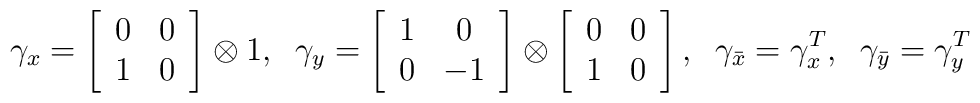
\gamma_{x}=\left[\begin{array}{cc}0&0\\1&0\end{array}\right]\otimes 1,\;\;\gamma_{y}=\left[\begin{array}{cc}1&0\\0&-1\end{array}\right]\otimes\left[\begin{array}{cc}0&0\\1&0\end{array}\right], \;\;\gamma_{\bar{x}}=\gamma_x^T,\;\; \gamma_{\bar{y}}=\gamma_y^T